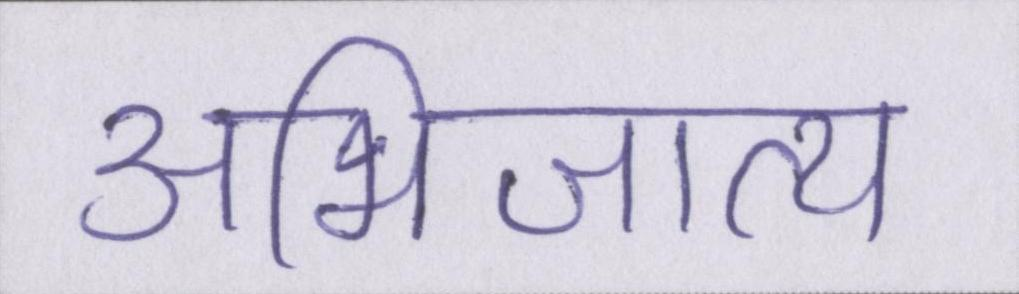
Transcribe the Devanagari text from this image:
अभिजात्य